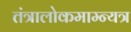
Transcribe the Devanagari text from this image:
तंत्रालोकमाम्न्यत्र